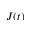
J ( t )